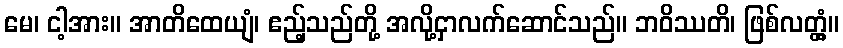
မေ၊ ငါ့အား။ အာတိထေယျံ၊ ဧည့်သည်တို့ အလို့ငှာလက်ဆောင်သည်။ ဘဝိဿတိ၊ ဖြစ်လတ္တံ့။